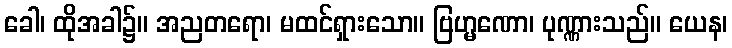
ခေါ၊ ထိုအခါ၌။ အညတရော၊ မထင်ရှားသော။ ဗြဟ္မဏော၊ ပုဏ္ဏားသည်။ ယေန၊